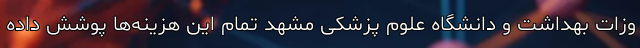
وزات بهداشت و دانشگاه علوم پزشکی مشهد تمام این هزینه‌ها پوشش داده